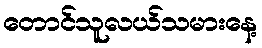
တောင်သူလယ်သမားနေ့